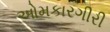
ઓમકારગીરી